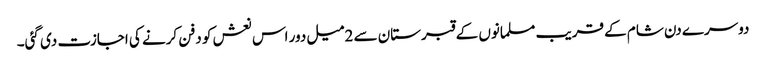
دوسرے دن شام کے قریب مسلمانوں کے قبرستان سے 2میل دور اس نعش کو دفن کرنے کی اجازت دی گئی۔